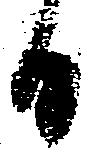
日